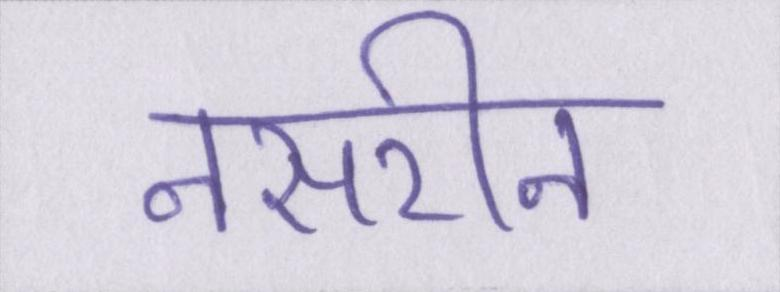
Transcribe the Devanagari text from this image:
नसरीन